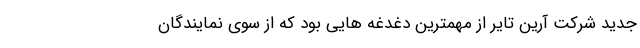
جدید شرکت آرین تایر از مهمترین دغدغه هایی بود که از سوی نمایندگان